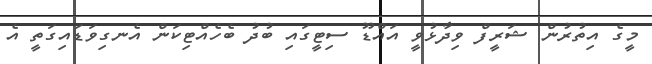
މީގެ އިތުރުން ޝަރީފް ވިދާޅުވީ އައްޑޫ ސިޓީގައި ބުދު ބެހެއްޓިކަން އެނގިވަޑައިގަތީ އެ